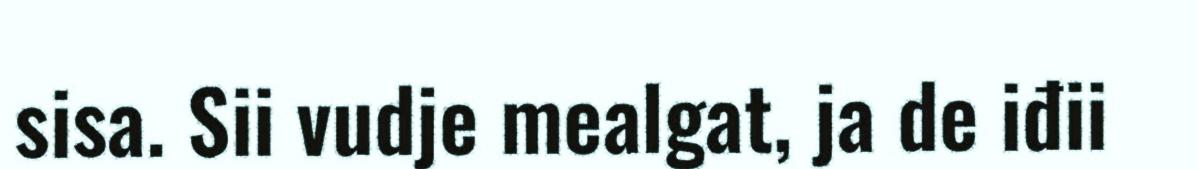
sisa. Sii vudje mealgat, ja de iđii